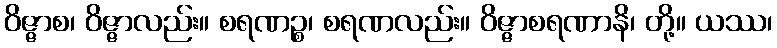
ဝိဇ္ဇာစ၊ ဝိဇ္ဇာလည်း။ စရဏဉ္စ၊ စရဏလည်း။ ဝိဇ္ဇာစရဏာနိ၊ တို့။ ယဿ၊